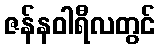
ဇန်နဝါရီလတွင်